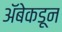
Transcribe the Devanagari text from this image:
अॅबेकडून